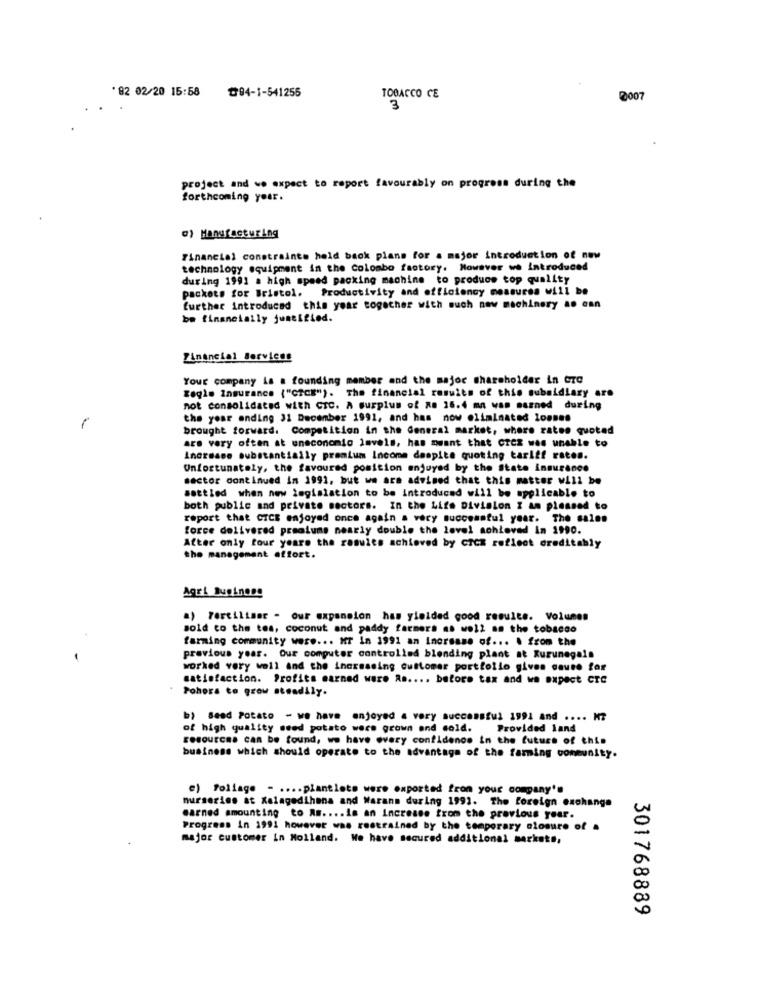
*92 02/20 15:58
₾94-1-541255
TOBACCO CE
2007
3
project and we expect to report favourably on progress during the
forthcoming your.
c) Manufacturing
Financial constraints hold back plans for a major introduction of new
technology equipment in the colombo factory. However we Introduced
during 1991 a high speed packing machine to produce top quality
packets for Bristol. Productivity and efficiency measures will be
further introduced this year together with such now machinery ao can
be financially justified.
financial Services
Your company is a founding member and the major shareholder in Cro
Regle Insurance ("CZCE"). The financial results of this subsidiary are
not consolidated with CTC. A surplus of ne 16.4 mn was mazned during
the year ending 31 December 1991, and has now eliminated looses
1
brought forward. Competition in the General market, where rates quoted
are very often at uneconomic levels, has mwant that CICZ was unable to
Increase substantially premium Income despite quoting tariff rates.
Unfortunately, the favoured position onjuyed by the State insurance
sector continued in 1991, but we are advised that this matter will be
settled when new legislation to be introduced will be applicable to
both public and private sectors. In the Life Division I am pleased to
report that CICE enjoyed once again a very successful year. The sales
force delivered premiums nearly double the level achieved in 1990.
After only four years the results achieved by CICE reflect creditably
the management offort.
Agri Business
a) Fertiliser - our expansion has yielded good results. Volumes
sold to the tes, coconut and paddy farmers as well as the tobacco
farming community were ... MT In 1991 an Increase of ... . from the
previous year. Que computer controlled blending plant at Kurunegala
worked very woll and the increasing customer portfolio gives cause for
satisfaction. Profits earned ware Rs .... before tax and we expect CTC
Pohors to grow steadily.
b) Bead Potato - we have enjoyed a very successful 1991 and .... M7
of high quality seed potato were grown and cold.
Provided Land
resources can be found, we have every confidence in the future of this
business which should operate to the advantage of the farming community.
e) foliage - .... plantlets were exported from your company's
nurseries at Kalagedihana and Warans during 1991. The foreign exchange
earned amounting to As .... is an Increase from the previous year.
Progress In 1991 however was restrained by the temporary closure of .
major customer in Holland. We have secured additional markets,
301768889